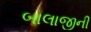
બાલાજીની